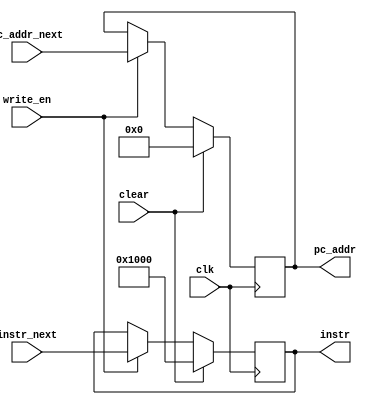
/*
* IF/ID Pipeline register
*/

module if_id_register(clk, write_en, clear, instr_next, pc_addr_next, instr, pc_addr);
    input clk, write_en, clear;  // clock
    input[15:0] instr_next, pc_addr_next; // the instruction feteched at next clock cycle
    output reg[15:0] instr, pc_addr; // the current instruction

    always @(posedge clk) begin
        if (clear) begin
            instr <= 16'h1000; // Set PADDSB, which does not change the flag registers
            pc_addr <= 0;
        end
        else if (write_en) begin
            instr <= instr_next;
            pc_addr <= pc_addr_next;
        end
    end

endmodule